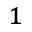
^ { 1 }